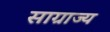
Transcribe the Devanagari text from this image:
साग्राज्‍य